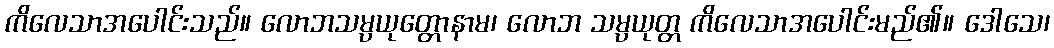
ကိလေသာအပေါင်းသည်။ လောဘသမ္ပယုတ္တောနာမ၊ လောဘ သမ္ပယုတ္တ ကိလေသာအပေါင်းမည်၏။ ဒေါသေ၊